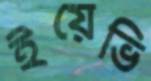
ইয়েভি